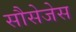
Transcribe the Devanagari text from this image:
सौसेजेस